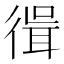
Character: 𢕃